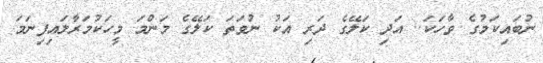
ނުބައިކަމުގެ ވާހަކަ.. އަދި ކަލޭގެ ދަރި އަކު ނުވަތަ ކަލޭގެ މަންމަ މީހަކުމަރާލައިފިނަމަ